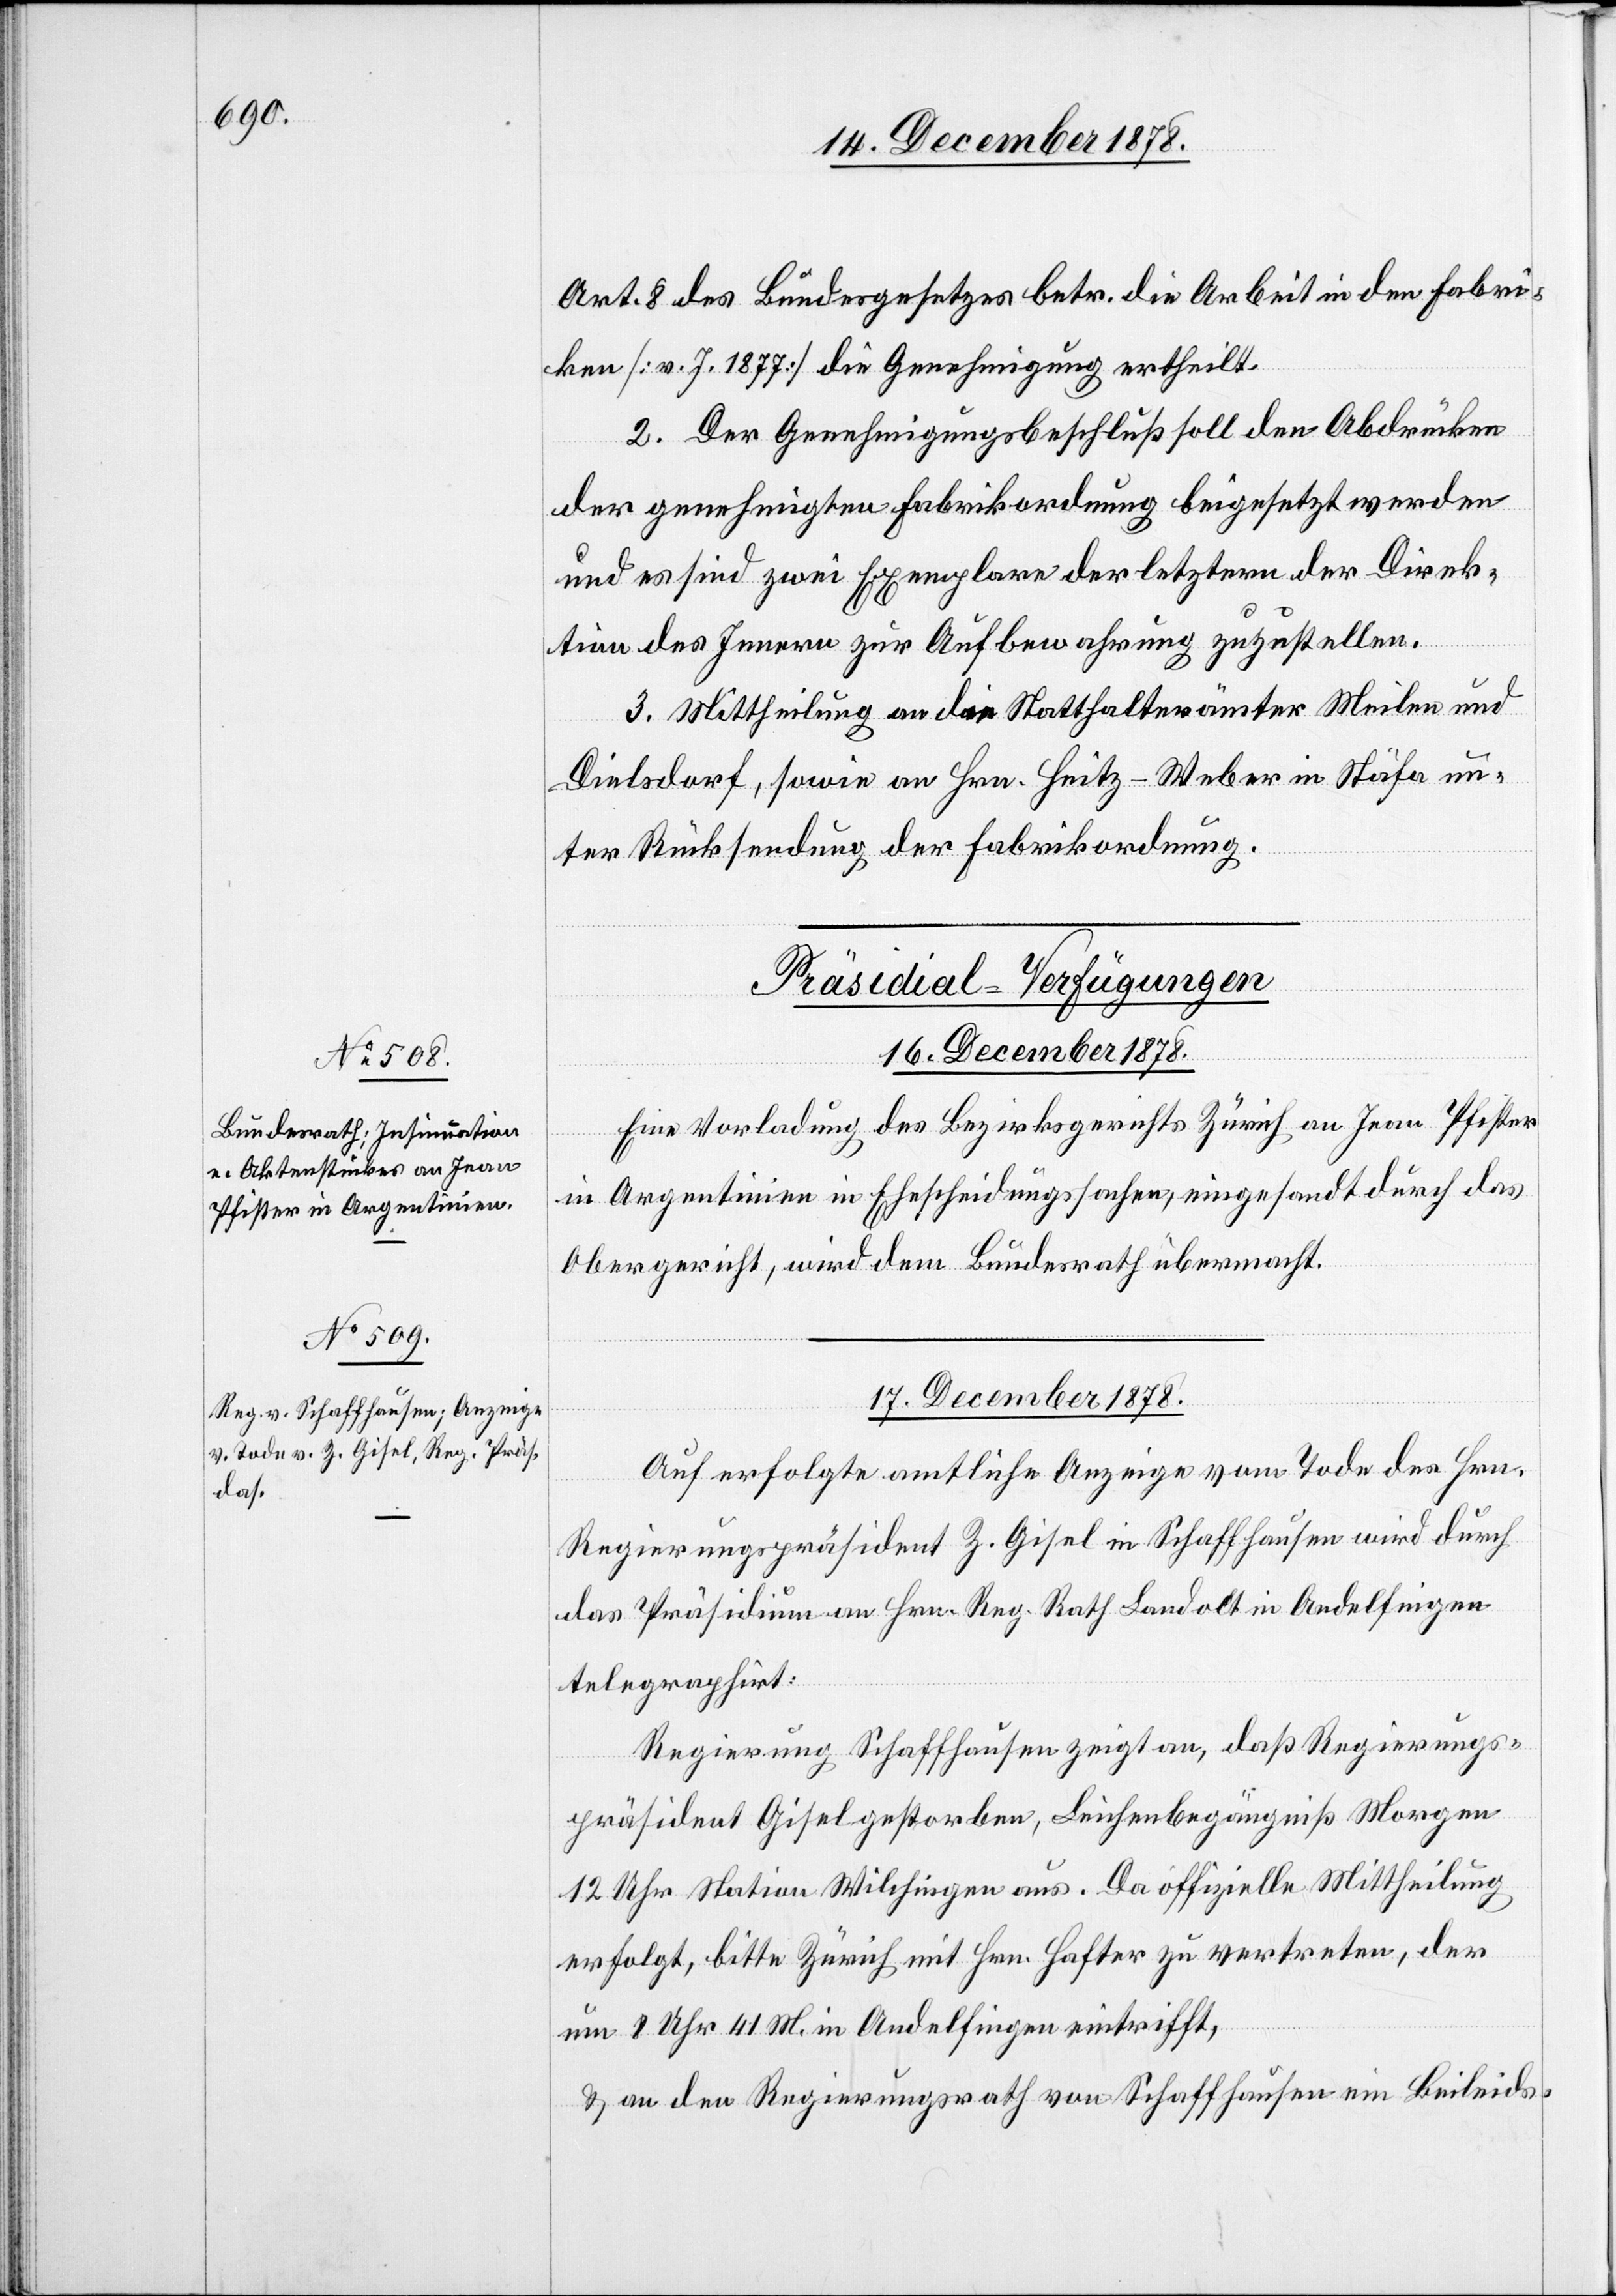
Art. 8 des Bundesgesetzes betr. die Arbeit in den Fabri¬
ken [v. J. 1877] die Genehmigung ertheilt.
2. Der Genehmigungsbeschluß soll den Abdrücken
der genehmigten Fabrikordnung beigesetzt werden
und es sind zwei Exemplare der letztern der Direk¬
tion des Innern zur Aufbewahrung zuzustellen.
3. Mittheilung an die Statthalterämter Meilen und
Dielsdorf, sowie an Hrn. Heitz-Weber [sic!] in Stäfa un¬
ter Rücksendung der Fabrikordnung.
[Präsidial-Verfügungen]
16. December 1878.
Eine Vorladung des Bezirksgerichts Zürich an Jean Pfister
in Argentinien in Ehescheidungssachen, eingesandt durch das
Obergericht, wird dem Bundesrath übermacht.
17. December 1878.
Auf erfolgte amtliche Anzeige vom Tode des Hrn.
Regierungspräsident Z. Gisel in Schaffhausen wird durch
das Präsidium an Hrn. Reg. Rath Landolt in Andelfingen
telegraphirt:
Regierung Schaffhausen zeigt an, daß Regierungs¬
präsident Gisel gestorben, Leichenbegräbniß Morgen
12 Uhr Station Wilchingen aus. Da offizielle Mittheilung
erfolgt, bitte Zürich mit Hrn. Hafter zu vertreten, der
um 8 Uhr 41 M. in Andelfingen eintrifft,
& an den Regierungsrath von Schaffhausen ein Beleids-